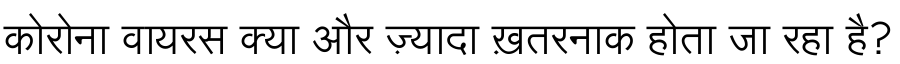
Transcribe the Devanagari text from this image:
कोरोना वायरस क्या और ज़्यादा ख़तरनाक होता जा रहा है?